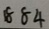
8 8 4